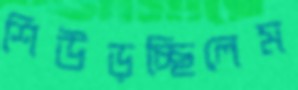
শিউড়চ্ছিলেম